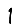
Digit: 1